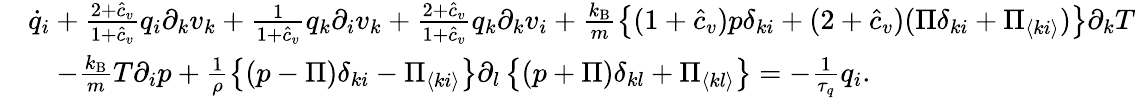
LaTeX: \begin{array}{rl}&{{\dot{q}_{i}+\frac{2+\hat{c}_{v}}{1+\hat{c}_{v}}q_{i}\partial_{k}v_{k}+\frac{1}{1+\hat{c}_{v}}q_{k}\partial_{i}v_{k}+\frac{2+\hat{c}_{v}}{1+\hat{c}_{v}}q_{k}\partial_{k}v_{i}}+\frac{k_{\mathrm{B}}}{m}\left\{ (1+\hat{c}_{v})p\delta_{ki}+(2+\hat{c}_{v})(\Pi\delta_{ki}+\Pi_{\langle ki\rangle})\right\} \partial_{k}T}\\ &{{\quad-\frac{k_{\mathrm{B}}}{m}T\partial_{i}p+\frac{1}{\rho}\left\{ (p-\Pi)\delta_{ki}-\Pi_{\langle ki\rangle}\right\} \partial_{l}\left\{ (p+\Pi)\delta_{kl}+\Pi_{\langle kl\rangle}\right\} =-\frac{1}{\tau_{q}}q_{i}.}}\end{array}